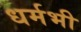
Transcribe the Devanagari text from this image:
धर्मभी